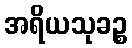
အရိယသုခဉ္စ